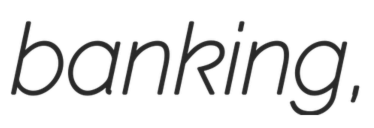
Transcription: banking,